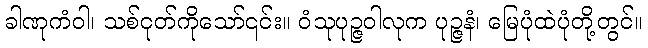
ခါဏုကံဝါ၊ သစ်ငုတ်ကိုသော်၎င်း။ ဝံသုပုဉ္ဇဝါလုက ပုဉ္ဇနံ၊ မြေပုံထဲပုံတို့တွင်။